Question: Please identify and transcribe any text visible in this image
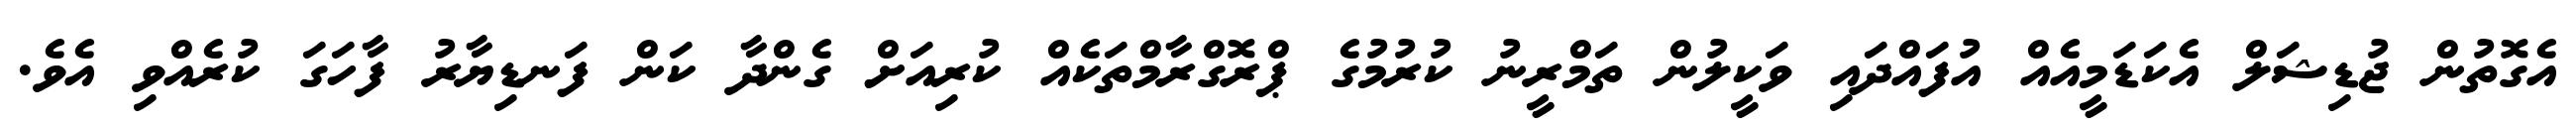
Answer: އެގޮތުން ޖުޑިޝަލް އެކަޑަމީއެއް އުފައްދައި ވަކީލުން ތަމްރީނު ކުރުމުގެ ޕްރޮގްރާމްތަކެއް ކުރިއަށް ގެންދާ ކަން ފަނޑިޔާރު ފާހަގަ ކުރެއްވި އެވެ.